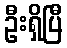
ဦးရှိပြီ